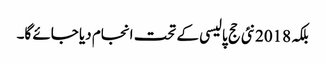
بلکہ 2018نئی حج پالیسی کے تحت انجام دیا جائے گا۔